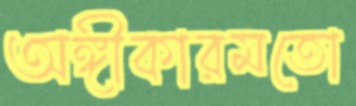
অঙ্গীকারমতো